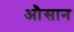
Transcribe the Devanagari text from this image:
औसान